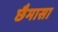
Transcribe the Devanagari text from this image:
छैमासा